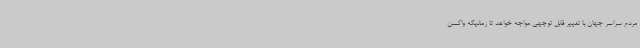
مردم سراسر جهان با تغییر قابل توجهی مواجه خواهد تا زمانیکه واکسن